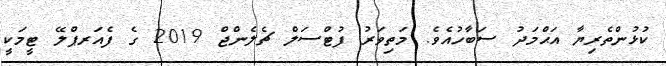
ކުޅުންތެރިޔާ އަޙްމަދު ސަބާހުއެވެ. މަތިވަރު ފުޓްސަލް ޗެލެންޖް 2019 ގެ ފެއަރޕްލޭ ޓީމަކީ